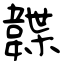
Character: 韘